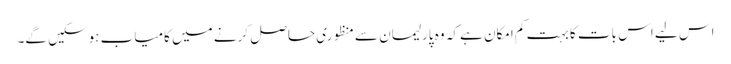
اس لیے اس بات کا بہت کم امکان ہے کہ وہ پارلیمان سے منظوری حاصل کرنے میں کامیاب ہوسکیں گے۔